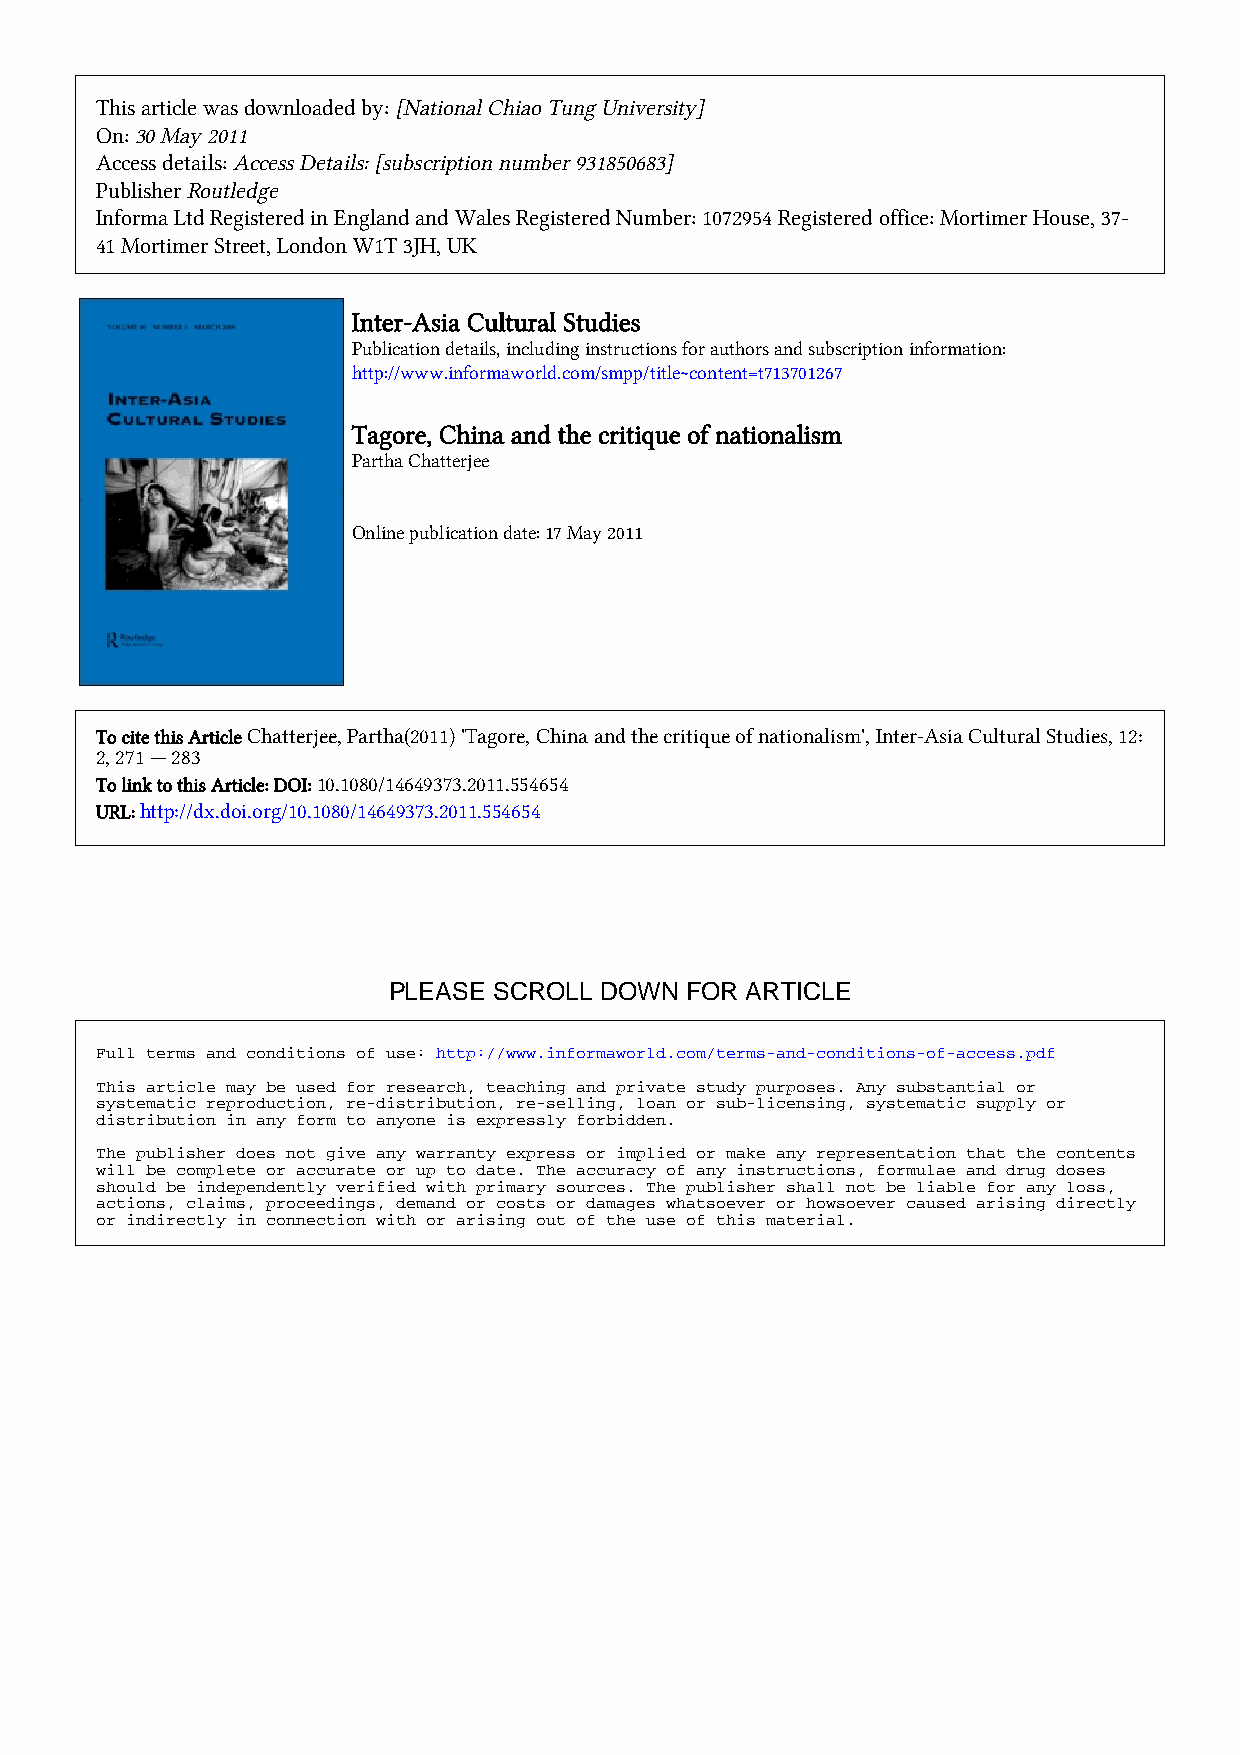
This article was downloaded by: [National Chiao Tung University]
 On: 30 May 2011
 Access details: Access Details: [subscription number 931850683]
 Publisher Routledge
 Informa Ltd Registered in England and Wales Registered Number: 1072954 Registered office: Mortimer House, 37-
 41 Mortimer Street, London W1T 3JH, UK
 Inter-Asia Cultural Studies
 Publication details, including instructions for authors and subscription information:
 http://www.informaworld.com/smpp/title~content=t713701267
 Tagore, China and the critique of nationalism
 Partha Chatterjee
 Online publication date: 17 May 2011
 To cite this Article Chatterjee, Partha(2011) 'Tagore, China and the critique of nationalism', Inter-Asia Cultural Studies, 12:
 2, 271 — 283
 To link to this Article: DOI: 10.1080/14649373.2011.554654
 URL: http://dx.doi.org/10.1080/14649373.2011.554654
 PLEASE SCROLL DOWN FOR ARTICLE
 Full terms and conditions of use: http://www.informaworld.com/terms-and-conditions-of-access.pdf
 This article may be used for research, teaching and private study purposes. Any substantial or
 systematic reproduction, re-distribution, re-selling, loan or sub-licensing, systematic supply or
 distribution in any form to anyone is expressly forbidden.
 The publisher does not give any warranty express or implied or make any representation that the contents
 will be complete or accurate or up to date. The accuracy of any instructions, formulae and drug doses
 should be independently verified with primary sources. The publisher shall not be liable for any loss,
 actions, claims, proceedings, demand or costs or damages whatsoever or howsoever caused arising directly
 or indirectly in connection with or arising out of the use of this material.